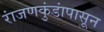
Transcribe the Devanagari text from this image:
रांजणकुंडांपासून